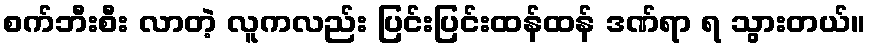
စက်ဘီးစီး လာတဲ့ လူကလည်း ပြင်းပြင်းထန်ထန် ဒဏ်ရာ ရ သွားတယ်။